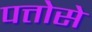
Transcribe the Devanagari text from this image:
पत्तोसे